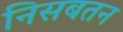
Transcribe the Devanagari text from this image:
निसबतन